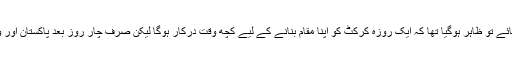
335 رنز کے ہدف کے تعاقب میں بھارت نے 60 اوورز میں صرف 132 رنز بنائے تو ظاہر ہوگیا تھا کہ ایک روزہ کرکٹ کو اپنا مقام بنانے کے لیے کچھ وقت درکار ہوگا لیکن صرف چار روز بعد پاکستان اور ویسٹ انڈیز کے ایک ایک یادگار مقابلے نے افتتاحی میچ کی بدمزگی کو دور کردیا۔